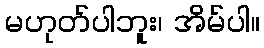
မဟုတ်ပါဘူး၊ အိမ်ပါ။